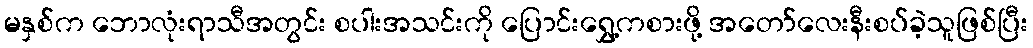
မနှစ်က ဘောလုံးရာသီအတွင်း စပါးအသင်းကို ပြောင်းရွှေ့ကစားဖို့ အတော်လေးနီးစပ်ခဲ့သူဖြစ်ပြီး